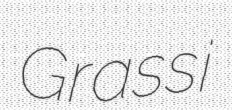
Grassi